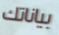
بياناتك